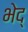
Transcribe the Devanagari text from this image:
भेद्